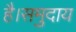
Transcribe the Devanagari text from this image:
है।समुदाय